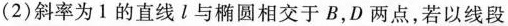
(2)斜率为1的直线l与椭圆相交于B，D两点，若以线段。